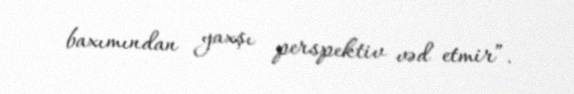
baxımından yaxşı perspektiv vəd etmir”.